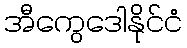
အီကွေဒေါနိုင်ငံ